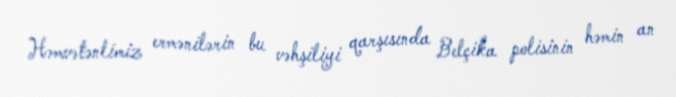
Həmvətənlimiz ermənilərin bu vəhşiliyi qarşısında Belçika polisinin həmin an